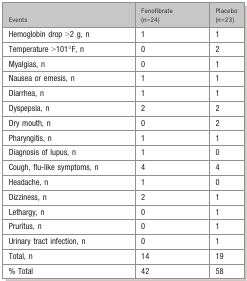
<table><thead><tr><td><b>Events</b></td><td><b>Fenofibrate (n=24)</b></td><td><b>Placebo (n=23)</b></td></tr></thead><tbody><tr><td>Hemoglobin drop &gt;2 g, n</td><td>1</td><td>1</td></tr><tr><td>Temperature &gt;101°F, n</td><td>0</td><td>2</td></tr><tr><td>Myalgias, n</td><td>0</td><td>1</td></tr><tr><td>Nausea or emesis, n</td><td>1</td><td>1</td></tr><tr><td>Diarrhea, n</td><td>1</td><td>1</td></tr><tr><td>Dyspepsia, n</td><td>2</td><td>2</td></tr><tr><td>Dry mouth, n</td><td>0</td><td>2</td></tr><tr><td>Pharyngitis, n</td><td>1</td><td>1</td></tr><tr><td>Diagnosis of lupus, n</td><td>1</td><td>0</td></tr><tr><td>Cough, flu-like symptoms, n</td><td>4</td><td>4</td></tr><tr><td>Headache, n</td><td>1</td><td>0</td></tr><tr><td>Dizziness, n</td><td>2</td><td>1</td></tr><tr><td>Lethargy, n</td><td>0</td><td>1</td></tr><tr><td>Pruritus, n</td><td>0</td><td>1</td></tr><tr><td>Urinary tract infection, n</td><td>0</td><td>1</td></tr><tr><td>Total, n</td><td>14</td><td>19</td></tr><tr><td>% Total</td><td>42</td><td>58</td></tr></tbody></table>